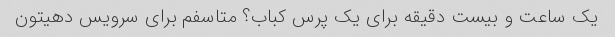
یک ساعت و بیست دقیقه برای یک پرس کباب؟ متاسفم برای سرویس دهیتون